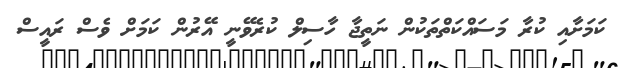
ކަމަށާއި ކުރާ މަސައްކަތްތަކުން ނަތީޖާ ހާސިލް ކުރެވޭނީ އޭރުން ކަމަށް ވެސް ރައީސް